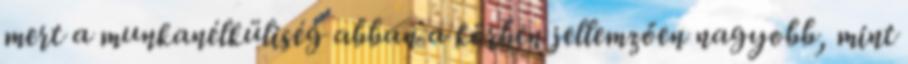
mert a munkanélküliség abban a körben jellemzően nagyobb, mint